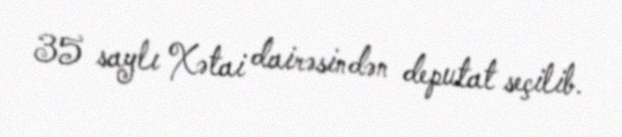
35 saylı Xətai dairəsindən deputat seçilib.